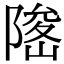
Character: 𨻅